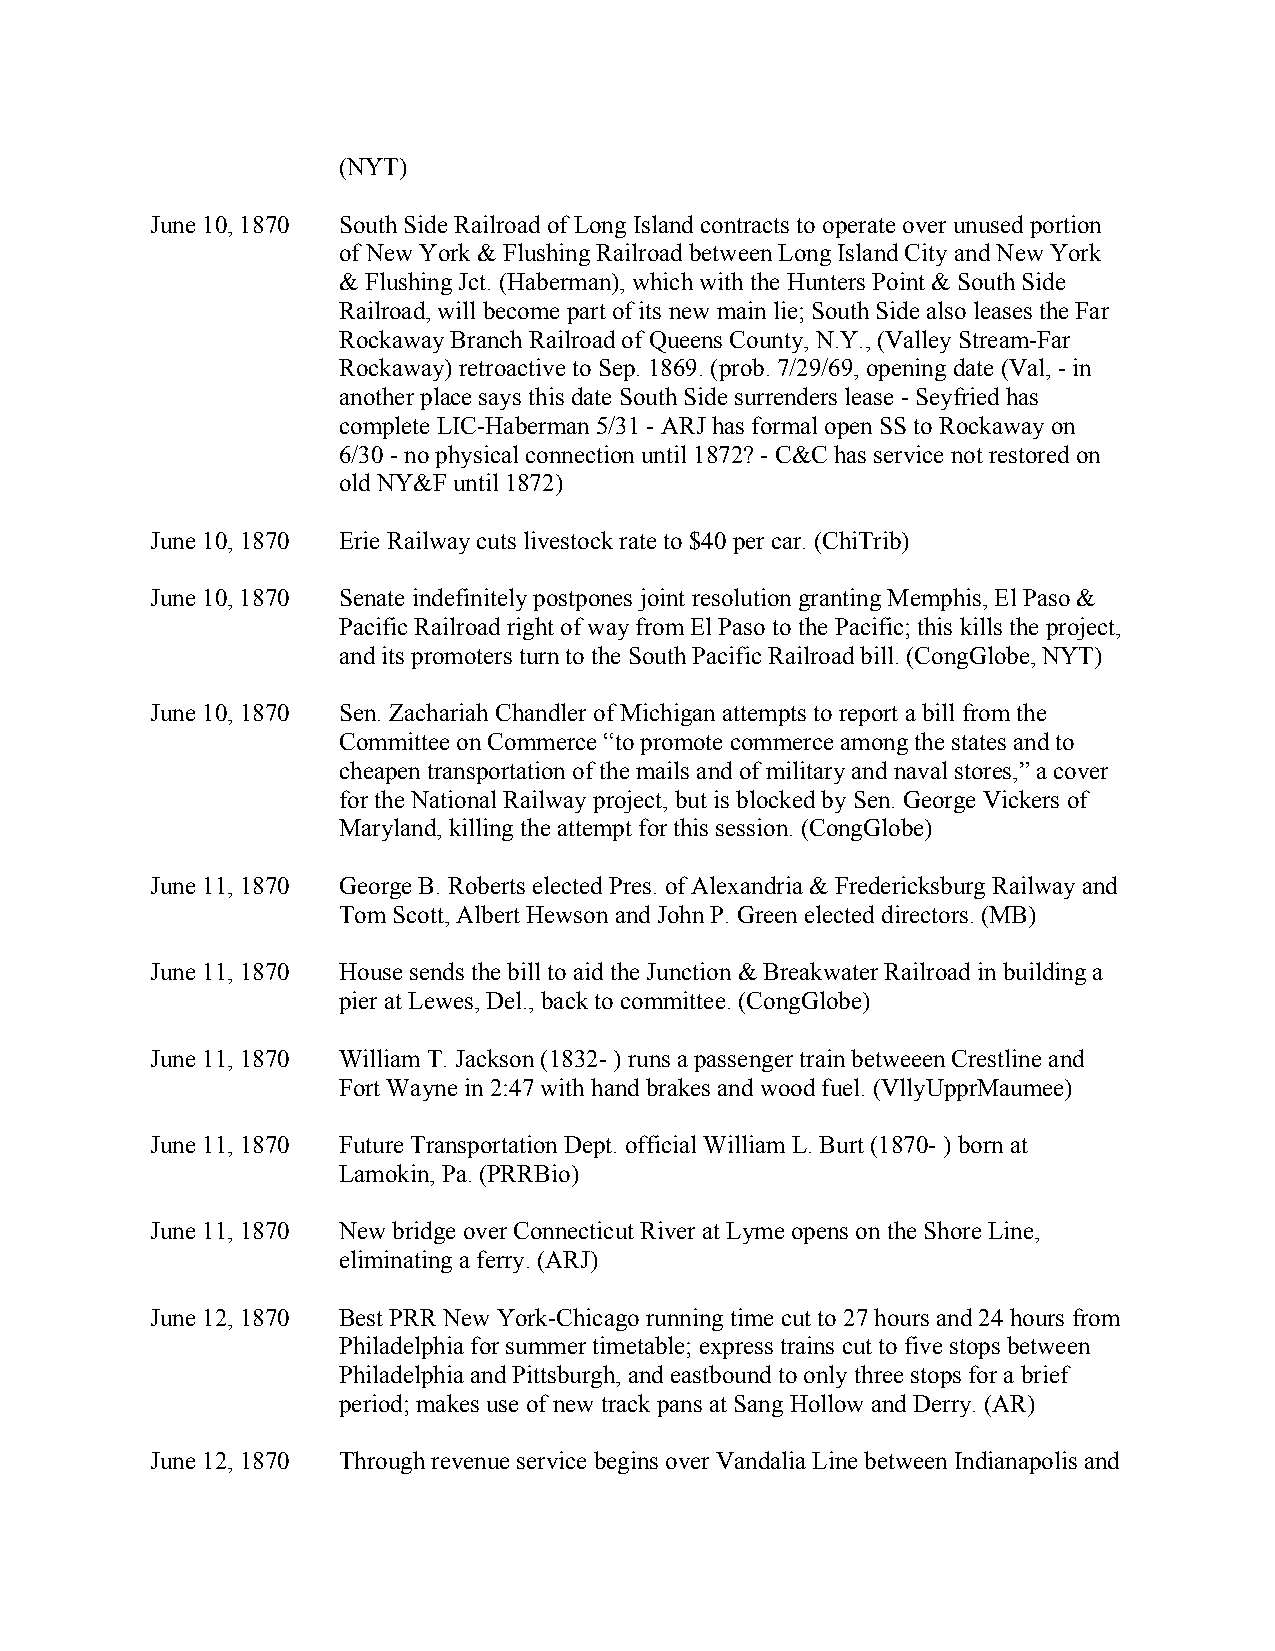
(NYT)
 June 10, 1870 South Side Railroad of Long Island contracts to operate over unused portion
 of New York & Flushing Railroad between Long Island City and New York
 & Flushing Jct. (Haberman), which with the Hunters Point & South Side
 Railroad, will become part of its new main lie; South Side also leases the Far
 Rockaway Branch Railroad of Queens County, N.Y., (Valley Stream-Far
 Rockaway) retroactive to Sep. 1869. (prob. 7/29/69, opening date (Val, - in
 another place says this date South Side surrenders lease - Seyfried has
 complete LIC-Haberman 5/31 - ARJ has formal open SS to Rockaway on
 6/30 - no physical connection until 1872? - C&C has service not restored on
 old NY&F until 1872)
 June 10, 1870 Erie Railway cuts livestock rate to $40 per car. (ChiTrib)
 June 10, 1870 Senate indefinitely postpones joint resolution granting Memphis, El Paso &
 Pacific Railroad right of way from El Paso to the Pacific; this kills the project,
 and its promoters turn to the South Pacific Railroad bill. (CongGlobe, NYT)
 June 10, 1870 Sen. Zachariah Chandler of Michigan attempts to report a bill from the
 Committee on Commerce “to promote commerce among the states and to
 cheapen transportation of the mails and of military and naval stores,” a cover
 for the National Railway project, but is blocked by Sen. George Vickers of
 Maryland, killing the attempt for this session. (CongGlobe)
 June 11, 1870 George B. Roberts elected Pres. of Alexandria & Fredericksburg Railway and
 Tom Scott, Albert Hewson and John P. Green elected directors. (MB)
 June 11, 1870 House sends the bill to aid the Junction & Breakwater Railroad in building a
 pier at Lewes, Del., back to committee. (CongGlobe)
 June 11, 1870 William T. Jackson (1832- ) runs a passenger train betweeen Crestline and
 Fort Wayne in 2:47 with hand brakes and wood fuel. (VllyUpprMaumee)
 June 11, 1870 Future Transportation Dept. official William L. Burt (1870- ) born at
 Lamokin, Pa. (PRRBio)
 June 11, 1870 New bridge over Connecticut River at Lyme opens on the Shore Line,
 eliminating a ferry. (ARJ)
 June 12, 1870 Best PRR New York-Chicago running time cut to 27 hours and 24 hours from
 Philadelphia for summer timetable; express trains cut to five stops between
 Philadelphia and Pittsburgh, and eastbound to only three stops for a brief
 period; makes use of new track pans at Sang Hollow and Derry. (AR)
 June 12, 1870 Through revenue service begins over Vandalia Line between Indianapolis and